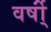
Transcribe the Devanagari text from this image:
वर्षो्ं